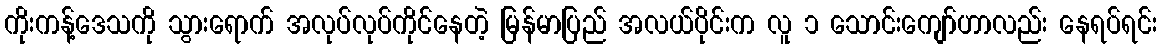
ကိုးကန့်ဒေသကို သွားရောက် အလုပ်လုပ်ကိုင်နေတဲ့ မြန်မာပြည် အလယ်ပိုင်းက လူ ၁ သောင်းကျော်ဟာလည်း နေရပ်ရင်း